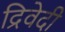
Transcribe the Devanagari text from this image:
द्रिवेदी